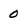
Character: 0